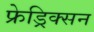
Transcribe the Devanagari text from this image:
फ्रेड्रिक्सन